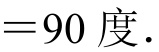
$ = 90\ 度.$